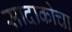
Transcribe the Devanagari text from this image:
सादाकोचा